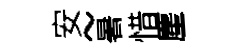
安~暑惜麈